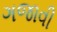
ગજાવી